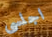
اجلسى